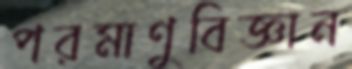
পরমাণুবিজ্ঞান